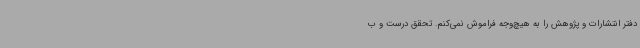
دفتر انتشارات و پژوهش را به هیچ‌وجه فراموش نمی‌کنم. تحقق درست و ب